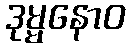
ဒုမ္မနောဝ